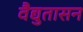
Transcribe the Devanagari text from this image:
वैद्युतासन